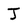
Character: J